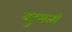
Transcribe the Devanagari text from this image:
बहुमती